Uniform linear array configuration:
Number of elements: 4
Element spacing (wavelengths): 0.75
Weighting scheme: kaiser
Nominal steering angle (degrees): -45
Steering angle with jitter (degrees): -44.01
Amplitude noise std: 0.05
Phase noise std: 0.05

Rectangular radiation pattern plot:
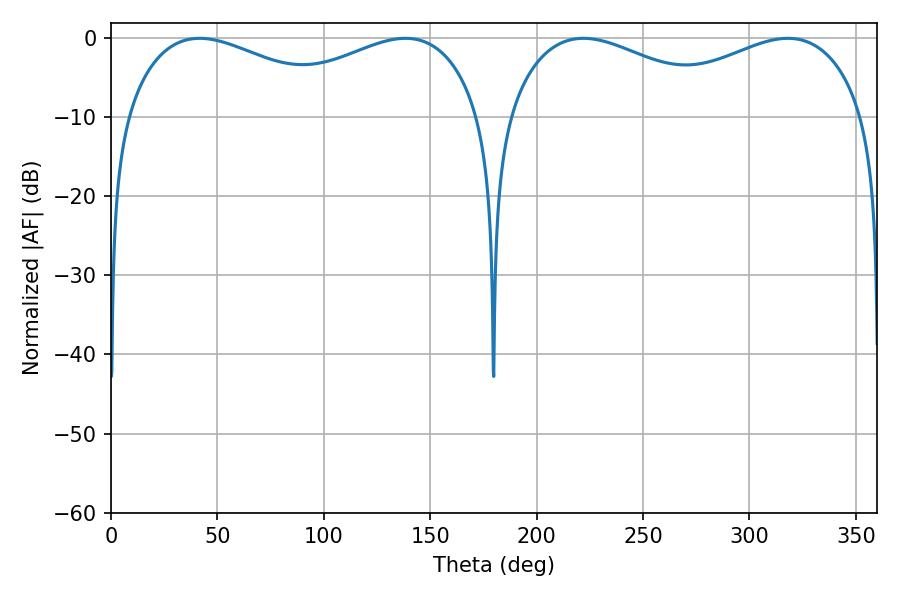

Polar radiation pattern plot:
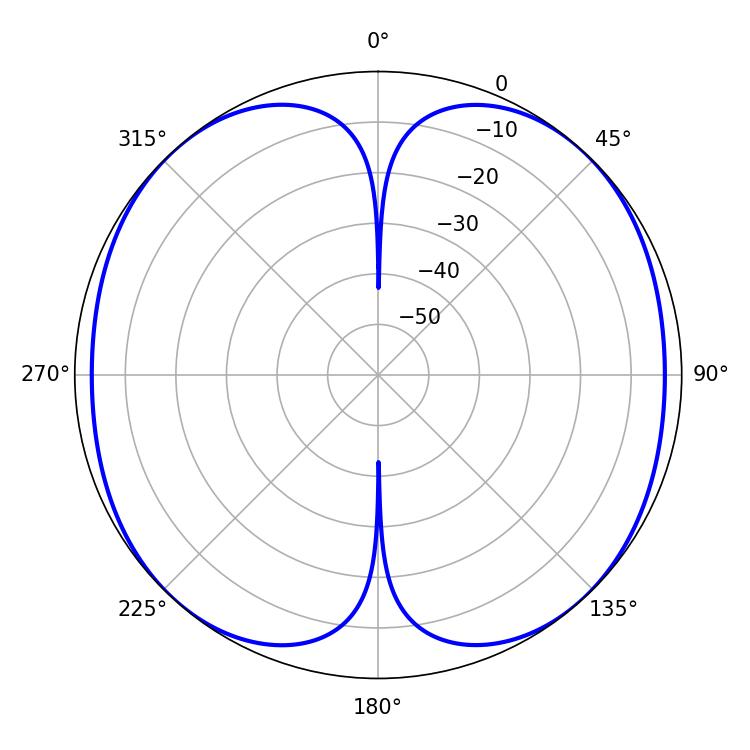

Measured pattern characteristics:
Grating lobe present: TRUE
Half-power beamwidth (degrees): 59.04
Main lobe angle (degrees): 221.94